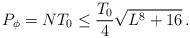
LaTeX: \begin{align*}P_\phi=NT_0\leq \frac{T_0}{4}\sqrt{L^8+16}\, .\end{align*}